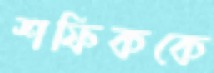
শফিককে